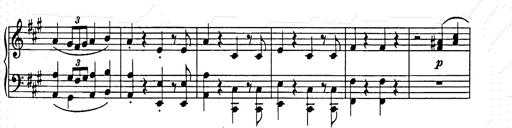
Title: Weihnachtsbaum
Composer: Franz Liszt